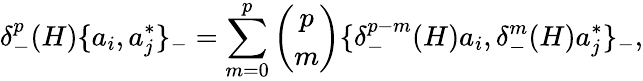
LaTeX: \delta_{-}^{p}(H)\{ a_{i},a_{j}^{*}\} _{-}=\sum_{m=0}^{p}{\binom{p}{m}}\{ \delta_{-}^{p-m}(H)a_{i},\delta_{-}^{m}(H)a_{j}^{*}\} _{-},